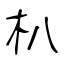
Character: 朳